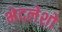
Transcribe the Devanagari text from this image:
भेदलेशो